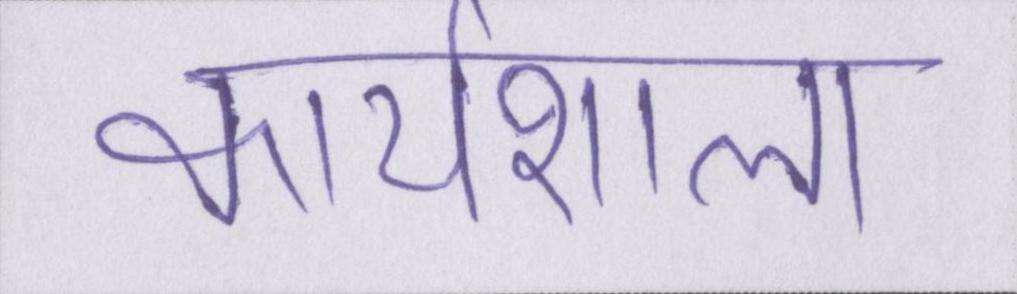
कार्यशाला